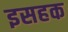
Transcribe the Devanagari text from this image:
इसहक